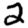
Digit: 2